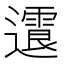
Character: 𨘍